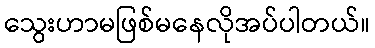
သွေးဟာမဖြစ်မနေလိုအပ်ပါတယ်။